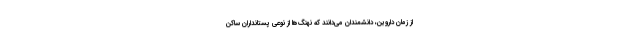
از زمان داروین، دانشمندان می‌دانند که نهنگ‌ها از نوعی پستانداران ساکن